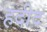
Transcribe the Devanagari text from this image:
हदीद